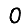
Digit: 0